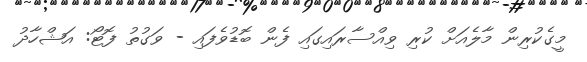
މީގެކުރިން މާލެއަށް ކުރި ވިއްސާރައިގައި ފެން ބޮޑުވެފައި - ވަގުތު ފޮޓޯ: އަޝްހާދު